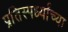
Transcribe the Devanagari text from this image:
प्रतिस्पर्ध्यांच्या